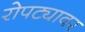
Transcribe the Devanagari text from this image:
रोपट्यावर